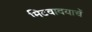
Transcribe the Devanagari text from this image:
मिटवावयाचें